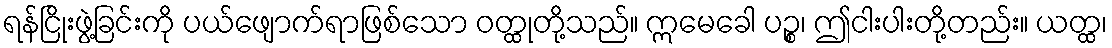
ရန်ငြိုးဖွဲ့ခြင်းကို ပယ်ဖျောက်ရာဖြစ်သော ဝတ္ထုတို့သည်။ ဣမေခေါ ပဉ္စ၊ ဤငါးပါးတို့တည်း။ ယတ္ထ၊